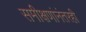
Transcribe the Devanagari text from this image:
समीक्षणांनंतरही